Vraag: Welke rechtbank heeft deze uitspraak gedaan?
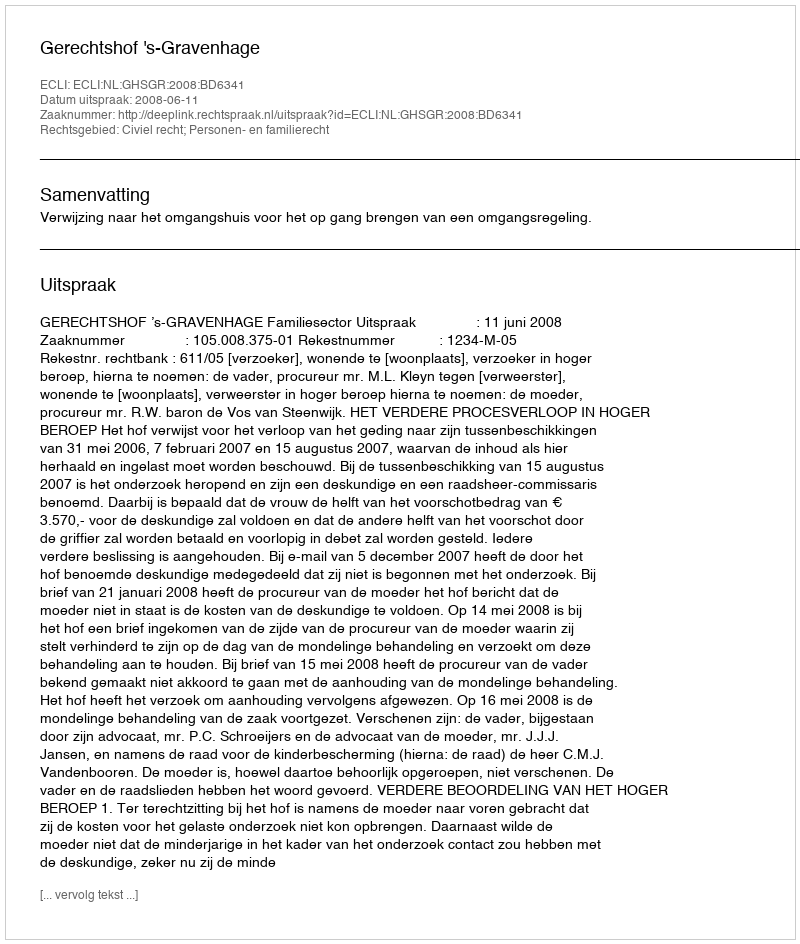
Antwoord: Gerechtshof 's-Gravenhage